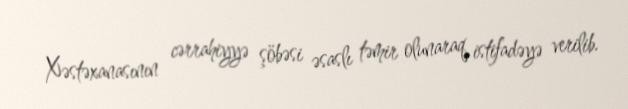
Xəstəxanasının cərrahiyyə şöbəsi əsaslı təmir olunaraq istifadəyə verilib.